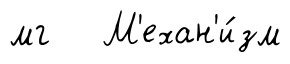
мг М'ехан'и́зм